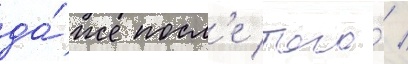
да́же посл'е того́ /